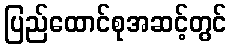
ပြည်ထောင်စုအဆင့်တွင်